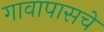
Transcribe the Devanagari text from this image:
गावापासचे